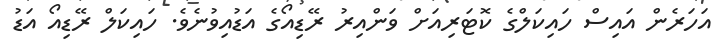
އަހަރެން އައިސް ހައިކަލްގެ ކޮޓަރިއަށް ވަންއިރު ރޭޑިއޯގެ އަޑުއިވުނެވެ. ހައިކަލް ރޭޑިއޯ އަޑު